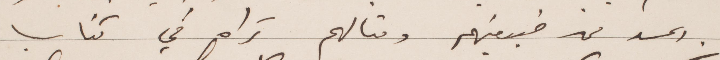
الحسد في طبيعتهم ومثالهم تراه في كتاب